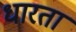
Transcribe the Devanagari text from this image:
धारता